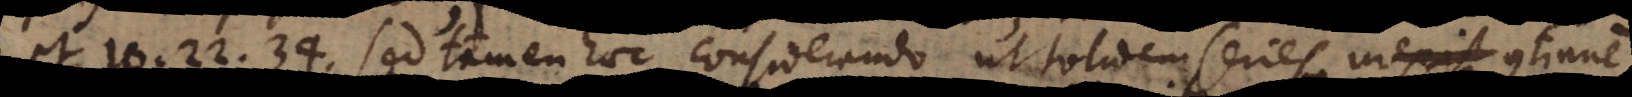
et 10.22.34. Sed tamen haec considerando ut totidem series inexist cont